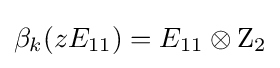
\beta _{k}(zE_{11})=E_{11}\otimes \mathrm {Z} _{2}